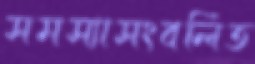
সমস্যাসংবলিত